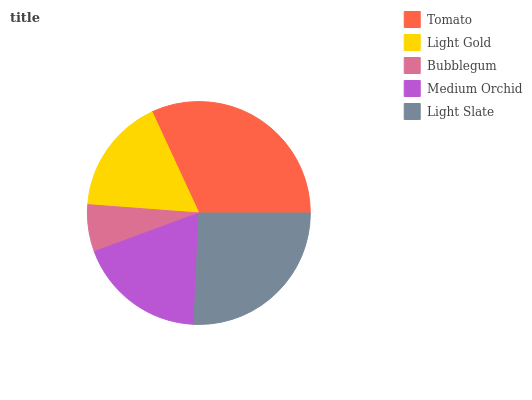
| Tomato | Light Gold | Bubblegum | Medium Orchid | Light Slate |
 | --- | --- | --- | --- | --- |
 | 31.9% | 16.9% | 6.84% | 18.7% | 25.7% |